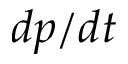
d p / d t